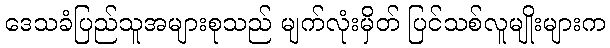
ဒေသခံပြည်သူအများစုသည် မျက်လုံးမှိတ် ပြင်သစ်လူမျိုးများက